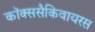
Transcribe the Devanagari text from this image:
कॉक्ससैकिवायरस